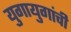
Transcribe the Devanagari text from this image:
युगायुगांची